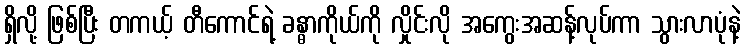
ရှိလို့ ဖြစ်ပြီး တကယ့် တီကောင်ရဲ့ ခန္ဓာကိုယ်ကို လှိုင်းလို အကွေးအဆန့်လုပ်ကာ သွားလာပုံနဲ့